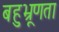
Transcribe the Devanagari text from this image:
बहुभ्रूणता